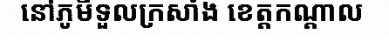
នៅភូមិទួលក្រសាំង ខេត្តកណ្តាល